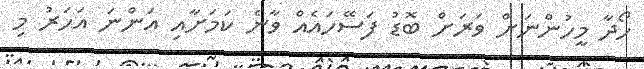
ހޯދާ މީހުންނަށް ވަރަށް ބޮޑު ފަސޭހައެއް ވާނެ ކަމަށާއި އަންނަ އަހަރު މި